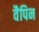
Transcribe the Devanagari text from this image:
वैपिन